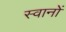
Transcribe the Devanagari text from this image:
स्वानों